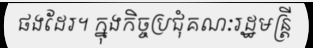
ផងដែរ។ ក្នុងកិច្ចប្រជុំគណៈរដ្ឋមន្ត្រី